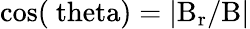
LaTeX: \mathrm{cos(\ theta)=|B_{r}/B|}